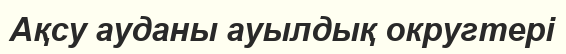
Ақсу ауданы ауылдық округтері